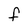
Character: F